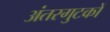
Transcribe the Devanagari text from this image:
अंतरगुटकों